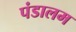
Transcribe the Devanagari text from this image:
पंडालम